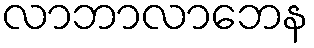
လာဘာလာဘေန